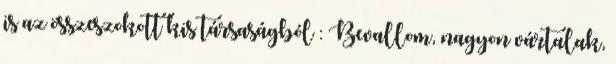
is az összeszokott kis társaságból : Bevallom, nagyon vártalak,